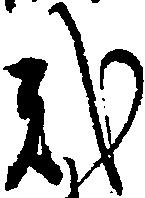
弐